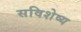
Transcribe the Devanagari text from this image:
सविशेष्य